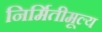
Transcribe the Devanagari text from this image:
निर्मितीमूल्य